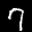
Label: 7